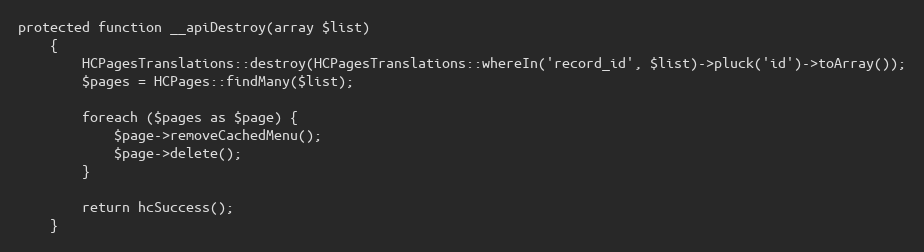
Language: PHP
protected function __apiDestroy(array $list)
    {
        HCPagesTranslations::destroy(HCPagesTranslations::whereIn('record_id', $list)->pluck('id')->toArray());
        $pages = HCPages::findMany($list);

        foreach ($pages as $page) {
            $page->removeCachedMenu();
            $page->delete();
        }

        return hcSuccess();
    }